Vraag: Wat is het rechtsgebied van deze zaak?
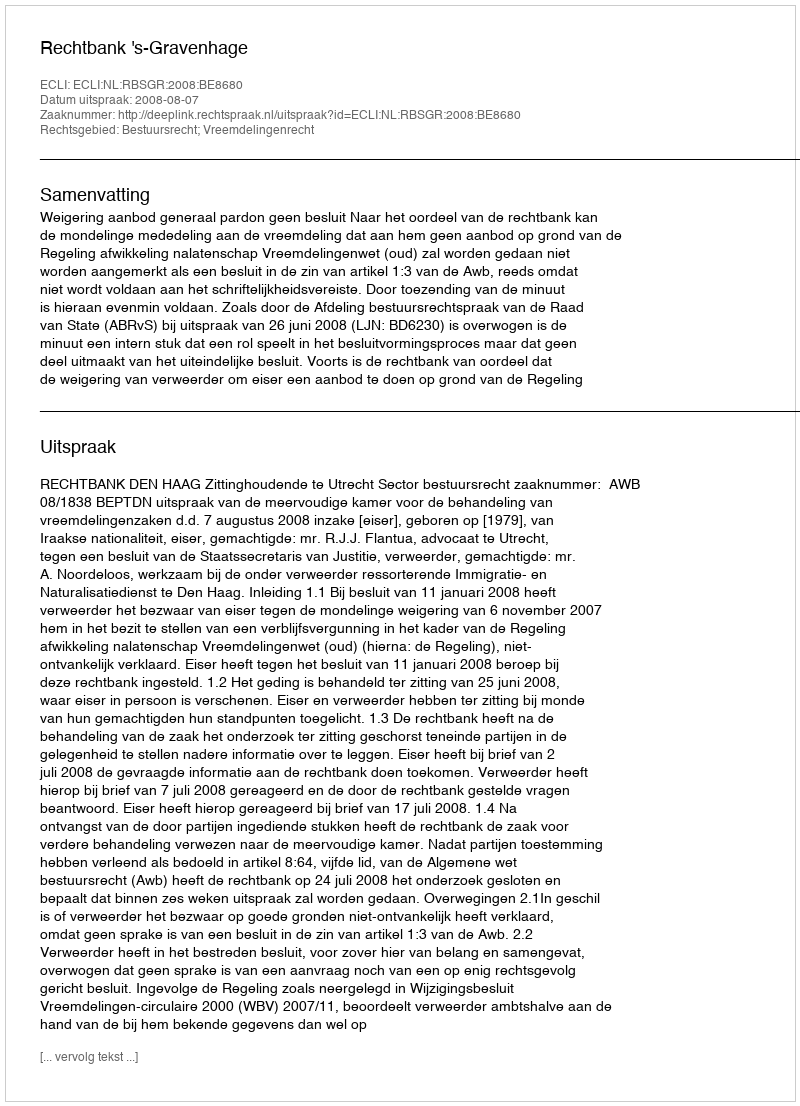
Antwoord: Bestuursrecht; Vreemdelingenrecht